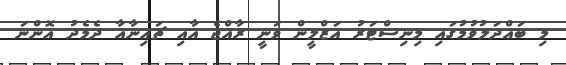
މި ބައްދަލުވުމުގައި މިނިސްޓަރު އަޒްލީން ވަނީ ރާއްޖެ އާއި ޗައިނާއާ ދެމެދު އޮންނަ